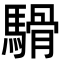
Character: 䮩